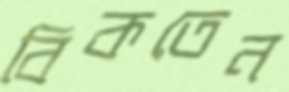
বিকতেন